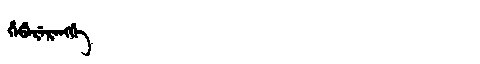
Manchu: ᡥᡝᡦᡝᡵᡝᡵᡝᠩᡤᡝ
Romanization: HEPERERENGGE